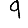
Digit: 9